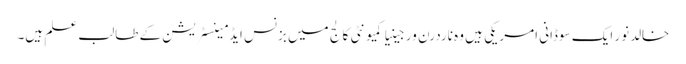
خالدنور ایک سوڈانی امریکی ہیں وہ ناردرن ورجینیا کمیونٹی کالج میں بزنس ایڈمینسٹریشن کے طالب علم ہیں۔